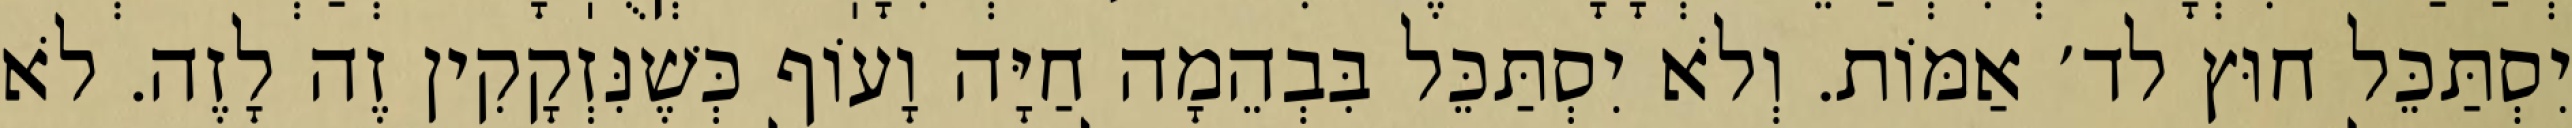
יִסְתַּכֵּל חוּץ לד׳ אַמּוֹת. וְלֹא יִסְתַּכֵּל בִּבְהֵמָה חַיָּה וָעוֹף כְּשֶׁנִּזְקָקִין זֶה לָזֶה. לֹא